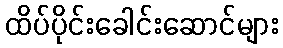
ထိပ်ပိုင်းခေါင်းဆောင်များ